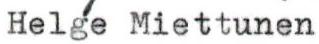
Helge Miettunen